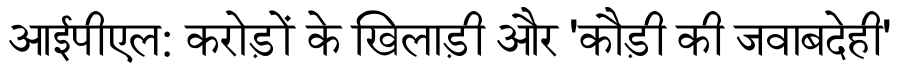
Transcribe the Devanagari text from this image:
आईपीएल: करोड़ों के खिलाड़ी और 'कौड़ी की जवाबदेही'